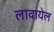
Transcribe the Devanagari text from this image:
लावायेल